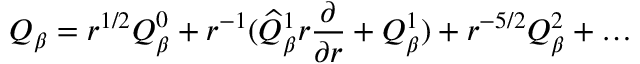
Q _ { \beta } = r ^ { 1 / 2 } Q _ { \beta } ^ { 0 } + r ^ { - 1 } ( \widehat { Q } _ { \beta } ^ { 1 } r \frac { \partial } { \partial r } + Q _ { \beta } ^ { 1 } ) + r ^ { - 5 / 2 } Q _ { \beta } ^ { 2 } + \ldots